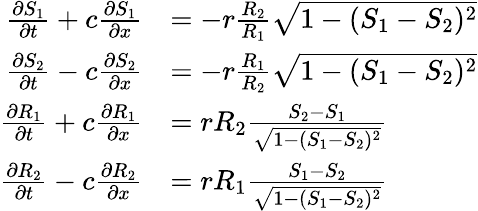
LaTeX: \begin{array}{rl}{\frac{\partial S_{1}}{\partial t}+c\frac{\partial S_{1}}{\partial x}}&{=-r\frac{R_{2}}{R_{1}}\sqrt{1-(S_{1}-S_{2})^{2}}}\\ {\frac{\partial S_{2}}{\partial t}-c\frac{\partial S_{2}}{\partial x}}&{=-r\frac{R_{1}}{R_{2}}\sqrt{1-(S_{1}-S_{2})^{2}}}\\ {\frac{\partial R_{1}}{\partial t}+c\frac{\partial R_{1}}{\partial x}}&{=rR_{2}\frac{S_{2}-S_{1}}{\sqrt{1-(S_{1}-S_{2})^{2}}}}\\ {\frac{\partial R_{2}}{\partial t}-c\frac{\partial R_{2}}{\partial x}}&{=rR_{1}\frac{S_{1}-S_{2}}{\sqrt{1-(S_{1}-S_{2})^{2}}}}\end{array}